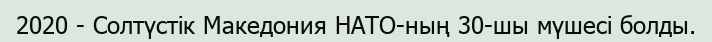
2020 - Солтүстік Македония НАТО-ның 30-шы мүшесі болды.